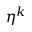
\eta ^ { k }